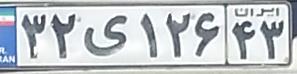
۳۲ی۱۲۶۴۳